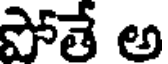
పోతే అ